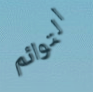
التوائم